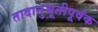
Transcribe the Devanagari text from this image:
तादानुभूतीपूर्वक